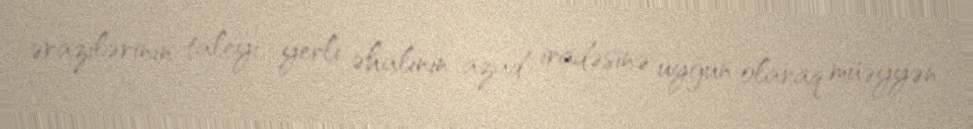
ərazilərinin taleyi yerli əhalinin azad iradəsinə uyğun olaraq müəyyən